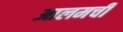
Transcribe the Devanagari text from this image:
आलमची